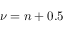
\nu = n + 0 . 5